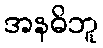
အနဓိဘူ